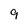
Character: 9